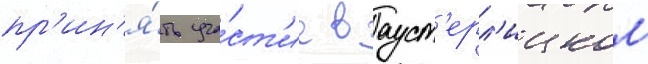
пр'ин'я́ть уча́ст'ие в ауст'ерл'ицком